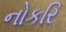
નોકરિ